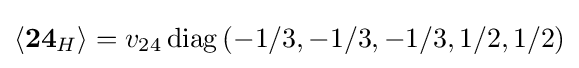
\langle \mathbf {24} _{H}\rangle =v_{24}\operatorname {diag} \left(-1/3,-1/3,-1/3,1/2,1/2\right)